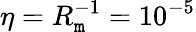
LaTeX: \eta=R_{\mathtt{m}}^{-1}=10^{-5}